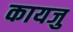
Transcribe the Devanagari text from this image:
कायजु